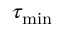
\tau _ { \mathrm { m i n } }